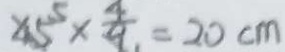
4 5 ^ { 5 } \times \frac { 4 } { 9 } = 2 0 c m